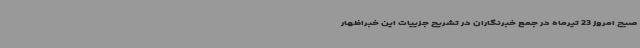
صبح امروز 23 تیرماه در جمع خبرنگاران در تشریح جزییات این خبراظهار